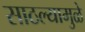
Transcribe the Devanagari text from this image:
साठल्यामुळे